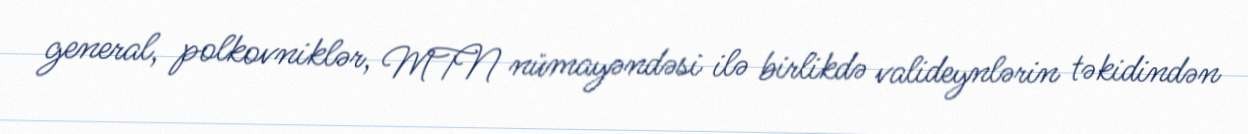
general, polkovniklər, MTN nümayəndəsi ilə birlikdə valideynlərin təkidindən